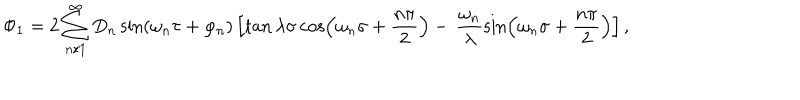
LaTeX: \Phi _ { 1 } = 2 \sum _ { n / 1 } ^ { \infty } D _ { n } \sin ( \omega _ { n } \tau + \varphi _ { n } ) \left[ \tan \lambda \sigma \cos \left( \omega _ { n } \sigma + \frac { n \pi } { 2 } \right) - \, \frac { \omega _ { n } } { \lambda } \sin \left( \omega _ { n } \sigma + \frac { n \pi } { 2 } \right) \right] ,